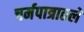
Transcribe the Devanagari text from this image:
चर्मपात्रातले